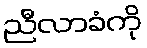
ညီလာခံကို